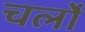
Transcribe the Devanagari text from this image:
चर्लो